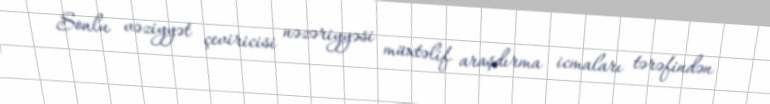
Sonlu vəziyyət çeviricisi nəzəriyyəsi müxtəlif araşdırma icmaları tərəfindən